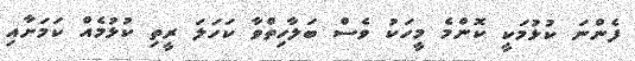
ފެންނަ ކުޅުމަކީ ކޮންމެ މީހަކު ވެސް ބަލާހިތްވާ ކަހަލަ ރީތި ކުޅުމެއް ކަމަށާއި